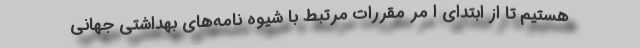
هستیم تا از ابتدای ا مر مقررات مرتبط با شیوه نامه‌های بهداشتی جهانی